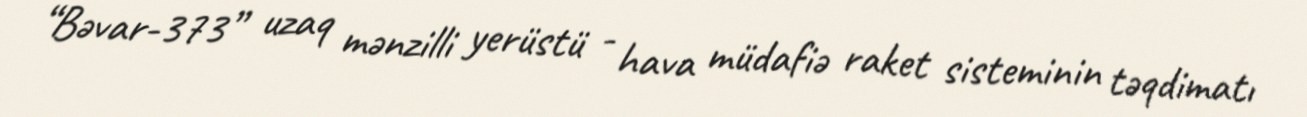
“Bəvar-373” uzaq mənzilli yerüstü - hava müdafiə raket sisteminin təqdimatı